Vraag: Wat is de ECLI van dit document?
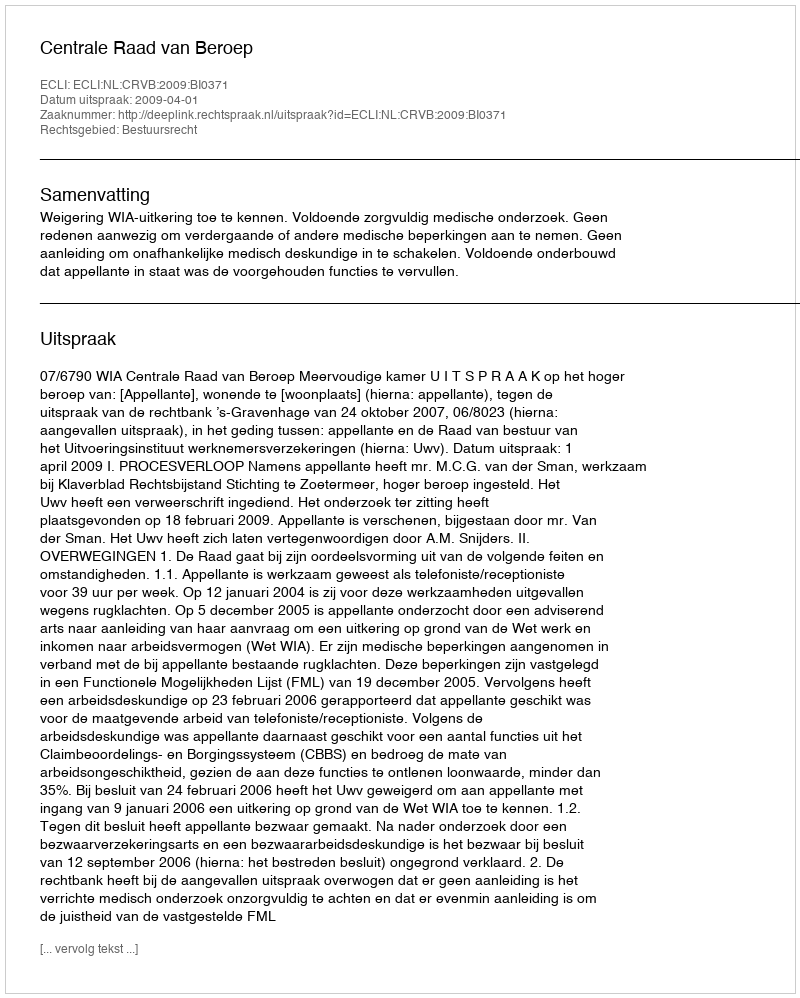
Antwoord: ECLI:NL:CRVB:2009:BI0371